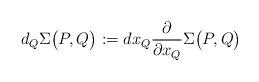
LaTeX: \begin{align*} d_{Q} \Sigma\big(P, Q\big) :=d x_Q\frac{\partial }{ \partial x_Q} \Sigma\big(P, Q\big)\end{align*}